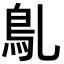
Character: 𩾐